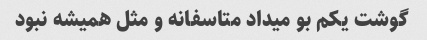
گوشت یکم بو میداد متاسفانه و مثل همیشه نبود